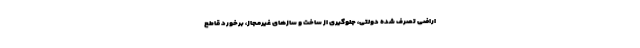
اراضی تصرف شده دولتی، جلوگیری از ساخت و سازهای غیرمجاز، برخورد قاطع